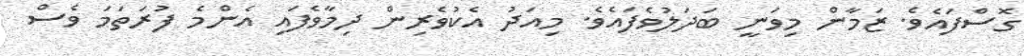
ގޮސްފައެވެ. ޒަމާން މިވަނީ ބަދަލުވެފައެވެ. މިއަދު އެކުވެރިން ދިމާވެފައި އެންމެ ފުރަތަމަ ވެސް